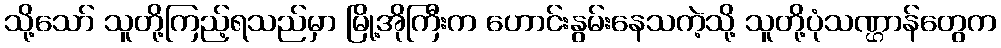
သို့သော် သူတို့ကြည့်ရသည်မှာ မြို့အိုကြီးက ဟောင်းနွမ်းနေသကဲ့သို့ သူတို့ပုံသဏ္ဌာန်တွေက